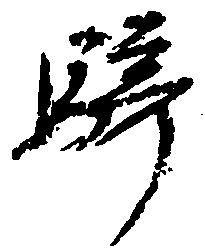
騎